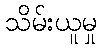
သိမ်းယူမှု